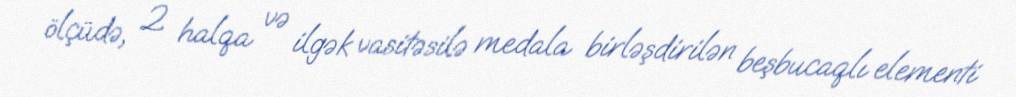
ölçüdə, 2 halqa və ilgək vasitəsilə medala birləşdirilən beşbucaqlı elementi